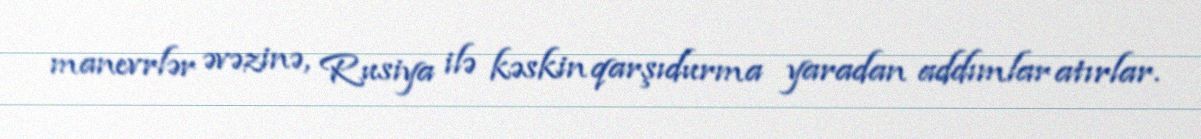
manevrlər əvəzinə, Rusiya ilə kəskin qarşıdurma yaradan addımlar atırlar.